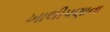
ખાલીપણાના